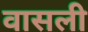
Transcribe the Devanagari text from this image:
वासली